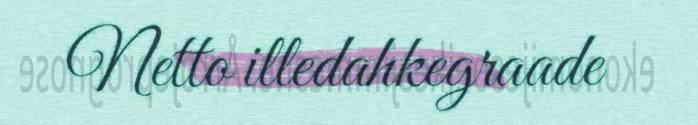
Netto illedahkegraade